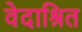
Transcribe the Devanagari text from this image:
वेदाश्रित